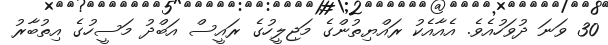
30 ވަނަ ދުވަހުއެވެ. އެއާއެކު ރައްޔިތުންގެ މަޖިލީހުގެ ރައީސް އަބްދު މަސީހުގެ އިތުބާރު